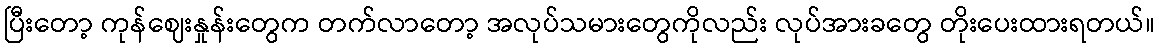
ပြီးတော့ ကုန်ဈေးနှုန်းတွေက တက်လာတော့ အလုပ်သမားတွေကိုလည်း လုပ်အားခတွေ တိုးပေးထားရတယ်။